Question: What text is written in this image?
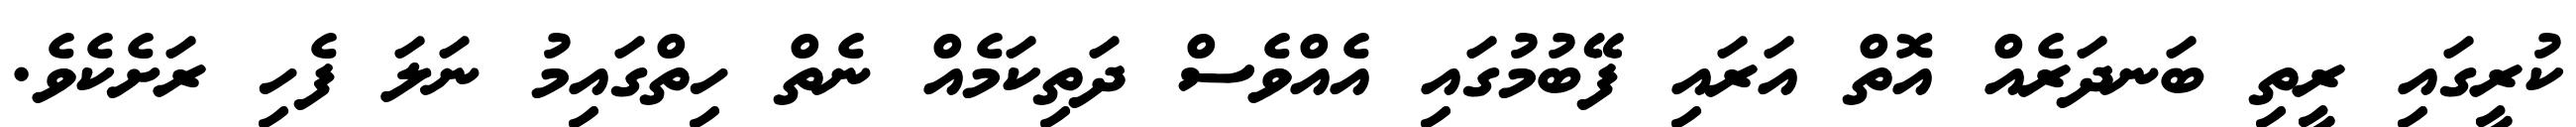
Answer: ކުރީގައި ރީތި ބަނދަރެއް އޮތް އަރައި ފޭބުމުގައި އެއްވެސް ދަތިކަމެއް ނެތް ހިތްގައިމު ނަލަ ފެހި ރަށެކެވެ.